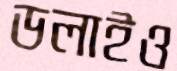
ডলাইও